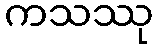
ကသဿု